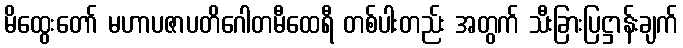
မိထွေးတော် မဟာပဇာပတိဂေါတမီထေရီ တစ်ပါးတည်း အတွက် သီးခြားပြဋ္ဌာန်းချက်